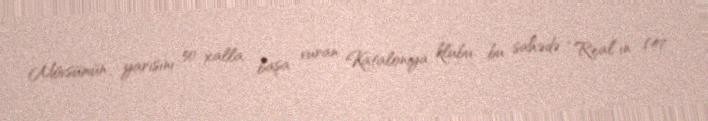
Mövsümün yarısını 50 xalla başa vuran Kataloniya klubu bu sahədə “Real”ın (47